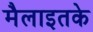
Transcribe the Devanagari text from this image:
मैलाइतके